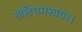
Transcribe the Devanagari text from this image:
नॉटिंघमशायर।